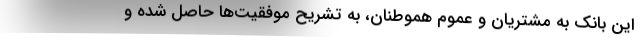
این بانک به مشتریان و عموم هموطنان، به تشریح موفقیت‌ها حاصل شده و